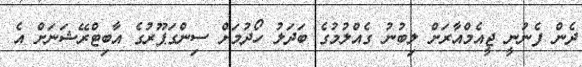
ދެން ފެނުނީ ޖީއެމްއާރަށް ލިބުނު ގެއްލުމުގެ ބަދަލު ހޯދުމަށް ސިންގަޕޫރުގެ އާބިޓްރޭޝަނަށް އެ